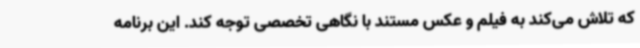
که تلاش می‌کند به فیلم و عکس مستند با نگاهی تخصصی توجه کند. این برنامه